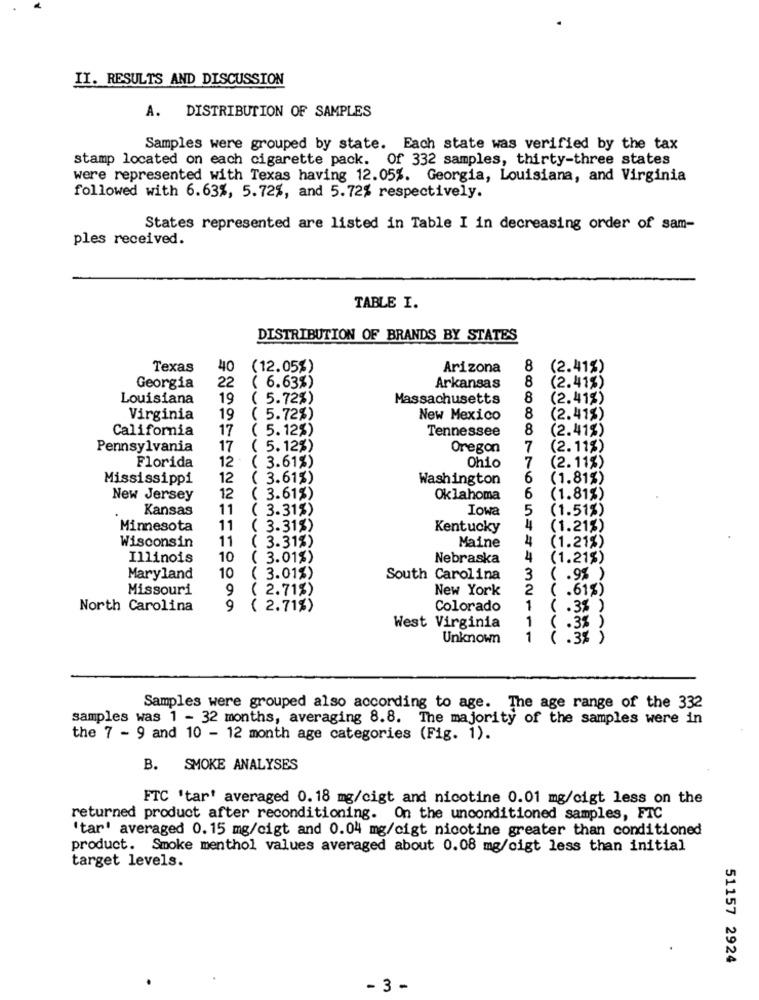
II. RESULTS AND DISCUSSION
A. DISTRIBUTION OF SAMPLES
Samples were grouped by state. Each state was verified by the tax
stamp located on each cigarette pack. Of 332 samples, thirty-three states
were represented with Texas having 12.05%. Georgia, Louisiana, and Virginia
followed with 6.63%, 5.72%, and 5.72% respectively.
States represented are listed in Table I in decreasing order of sam-
ples received.
TABLE I.
DISTRIBUTION OF BRANDS BY STATES
Texas
40
(12.05%)
Arizona
8
(2.41%)
( 6.63%)
8
Georgia
22
Arkansas
(2.41%)
Louisiana
19
( 5.72%)
Massachusetts
8
(2.41%)
Virginia
19
( 5.72%)
New Mexico
8
(2.41%)
California
17
( 5.12%)
Tennessee
8
(2.41%)
Pennsylvania
17
( 5.12%)
Oregon
7
(2.11%)
Florida
12
( 3.61%)
(2.11%)
Ohio
7
Mississippi
12
( 3.61%)
Washington
6
(1.81%)
6
New Jersey
12
( 3.61%)
Oklahoma
(1.81%)
Kansas
11
( 3.31%)
Iowa
5
(1.51%)
Minnesota
11
( 3.31%)
Kentucky
4
(1.21%)
11
4
Wisconsin
( 3.31%)
Maine
(1.21%)
Illinois
10
( 3.01%)
Nebraska
4
(1.21%)
Maryland
10
( 3.01%)
South Carolina
3
( .9% )
Missouri
9
( 2.71%)
New York
2
( .61%)
North Carolina
9
( 2.71%)
Colorado
1
( .3% )
1
West Virginia
( .3% )
Unknown
1
( .3% )
Samples were grouped also according to age. The age range of the 332
samples was 1 - 32 months, averaging 8.8. The majority of the samples were in
the 7 - 9 and 10 - 12 month age categories (Fig. 1).
B. SMOKE ANALYSES
FTC 'tar' averaged 0.18 mg/cigt and nicotine 0.01 mg/cigt less on the
returned product after reconditioning. On the unconditioned samples, FTC
'tar' averaged 0.15 mg/cigt and 0.04 mg/cigt nicotine greater than conditioned
product. Smoke menthol values averaged about 0.08 mg/cigt less than initial
target levels.
51157 2924
- 3 -